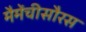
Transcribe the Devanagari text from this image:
मैमेंचीसौरस